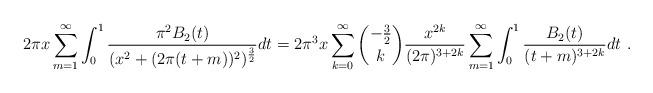
LaTeX: \begin{align*}2\pi x \sum_{m=1}^\infty \int_0^1{\pi^2 B_2(t)\over (x^2+(2\pi (t+m))^2)^{{3\over 2}}} dt =2\pi^3 x \sum_{k=0}^\infty {-{3\over 2}\choose k} {x^{2k}\over(2\pi)^{3+2k}}\sum_{m=1}^\infty \int_0^1 {B_2(t)\over (t+m)^{3+2k}} dt \ .\end{align*}